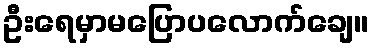
ဦးရေမှာမပြောပလောက်ချေ။